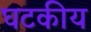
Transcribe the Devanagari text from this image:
घटकीय